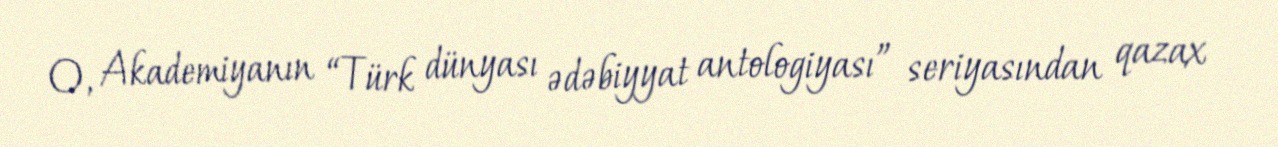
O, Akademiyanın “Türk dünyası ədəbiyyat antologiyası” seriyasından qazax